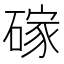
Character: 𪿭